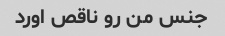
جنس من رو ناقص اورد